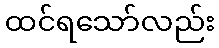
ထင်ရသော်လည်း